Civil Veterinary Dept. North-West Frontier Province 1933-46 - 1933-1946
Year: 1933
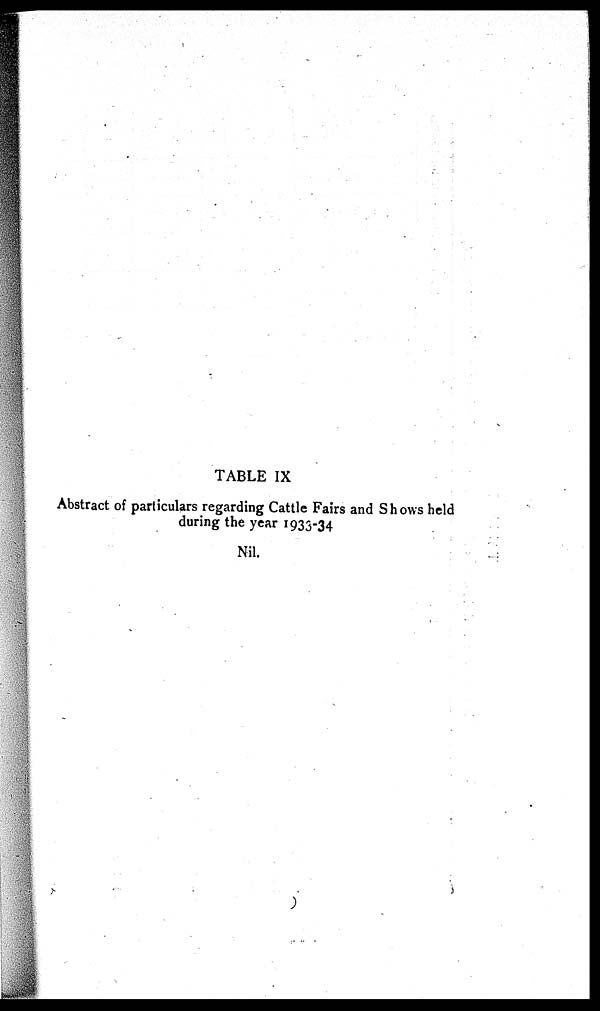
TABLE IX
Abstract of particulars regarding Cattle Fairs and Shows held
during the year 1933-34
Nil.